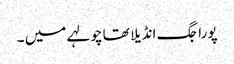
پورا جگ انڈیلا تھا چولہے میں ۔